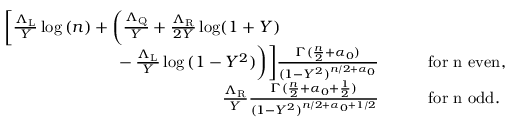
\begin{array} { r l } { \bigg [ \frac { \Lambda _ { \mathrm { L } } } { Y } \log { ( n ) } + \bigg ( \frac { \Lambda _ { \mathrm { Q } } } { Y } + \frac { \Lambda _ { \mathrm { R } } } { 2 Y } \log ( 1 + Y ) \qquad \qquad \qquad } & { } \\ { - \, \frac { \Lambda _ { \mathrm { L } } } { Y } \log { ( 1 - Y ^ { 2 } ) } \bigg ) \bigg ] \frac { \Gamma ( \frac { n } { 2 } + \alpha _ { 0 } ) } { ( 1 - Y ^ { 2 } ) ^ { n / 2 + \alpha _ { 0 } } } } & { \qquad \mathrm { f o r ~ n ~ e v e n } , } \\ { \frac { \Lambda _ { \mathrm { R } } } { Y } \frac { \Gamma ( \frac { n } { 2 } + { \alpha _ { 0 } + \frac { 1 } { 2 } } ) } { ( 1 - Y ^ { 2 } ) ^ { n / 2 + { \alpha _ { 0 } + 1 / 2 } } } } & { \qquad \mathrm { f o r ~ n ~ o d d } . } \end{array}